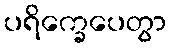
ပရိက္ခေပေတွာ